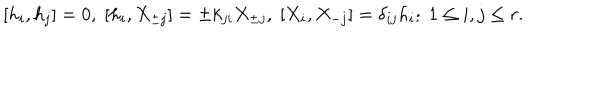
{ } [ h _ { i } , h _ { j } ] = 0 , \; [ h _ { i } , X _ { \pm j } ] = \pm k _ { j i } X _ { \pm j } , \; [ X _ { i } , X _ { - j } ] = \delta _ { i j } h _ { i } ; \; 1 \leq i , j \leq r .